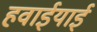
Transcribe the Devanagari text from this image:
हवाईयाई